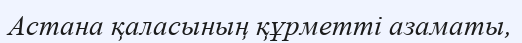
Астана қаласының құрметті азаматы,